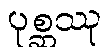
ပုစ္ဆဿု